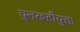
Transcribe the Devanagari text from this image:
चुनखडीयुक्त